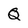
Character: Q